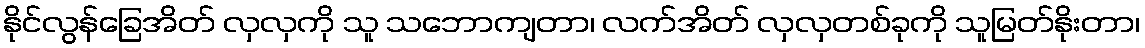
နိုင်လွန်ခြေအိတ် လှလှကို သူ သဘောကျတာ၊ လက်အိတ် လှလှတစ်ခုကို သူမြတ်နိုးတာ၊